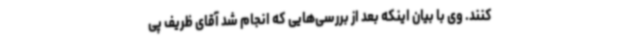
کنند. وی با بیان اینکه بعد از بررسی‌هایی که انجام شد آقای ظریف پی